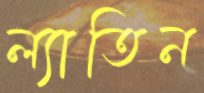
ল্যাতিন